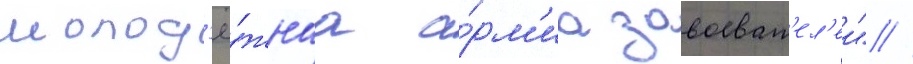
молод'ё́жнаа а́рм'иа завоеват'ел'еи" //